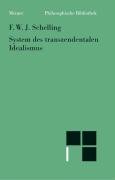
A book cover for System des transzendentalen Idealismus.; Friedrich Wilhelm Joseph von Schelling; Politics & Social Sciences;